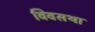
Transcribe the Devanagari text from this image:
विवसथा